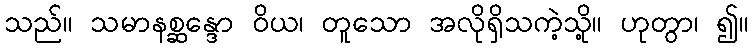
သည်။ သမာနစ္ဆန္ဒော ဝိယ၊ တူသော အလိုရှိသကဲ့သို့။ ဟုတွာ၊ ၍။